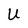
Character: U